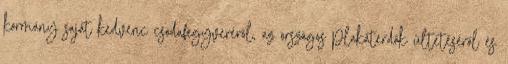
kormány saját kedvenc csodafegyveréről, az országos plakáterdők ültetéséről és